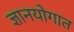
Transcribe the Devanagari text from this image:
ज्ञानयोगात